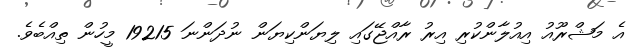
އެ މަޝްރޫއު އިއުލާންކުރި އިރު ރާއްޖޭގައި ލިޔަންކިޔަން ނުދަންނަ 19215 މީހުން ތިއްބެވެ.